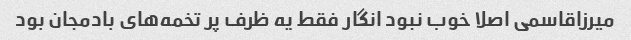
میرزاقاسمی اصلا خوب نبود انگار فقط یه ظرف پر تخمه‌های بادمجان بود